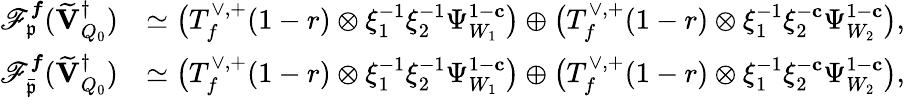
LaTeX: \begin{array}{rl}{\mathscr{F}_{\mathfrak{p}}^{{\boldsymbol{f}}}(\widetilde{\mathbf{V}}_{Q_{0}}^{\dagger})}&{\simeq\bigl(T_{f}^{\vee,+}(1-r)\otimes\xi_{1}^{-1}\xi_{2}^{-1}\Psi_{W_{1}}^{1-\mathbf{c}}\bigr)\oplus\bigl(T_{f}^{\vee,+}(1-r)\otimes\xi_{1}^{-1}\xi_{2}^{-\mathbf{c}}\Psi_{W_{2}}^{1-\mathbf{c}}\bigr),}\\ {\mathscr{F}_{\bar{\mathfrak{p}}}^{{\boldsymbol{f}}}(\widetilde{\mathbf{V}}_{Q_{0}}^{\dagger})}&{\simeq\bigl(T_{f}^{\vee,+}(1-r)\otimes\xi_{1}^{-1}\xi_{2}^{-1}\Psi_{W_{1}}^{1-\mathbf{c}}\bigr)\oplus\bigl(T_{f}^{\vee,+}(1-r)\otimes\xi_{1}^{-1}\xi_{2}^{-\mathbf{c}}\Psi_{W_{2}}^{1-\mathbf{c}}\bigr),}\end{array}